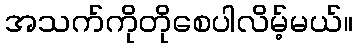
အသက်ကိုတိုစေပါလိမ့်မယ်။